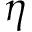
\eta